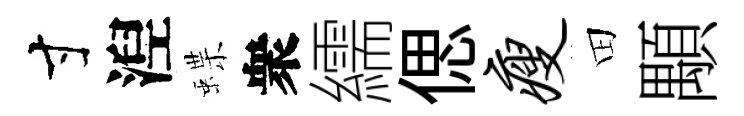
寸湼蝶衆繻偲瘦田顒